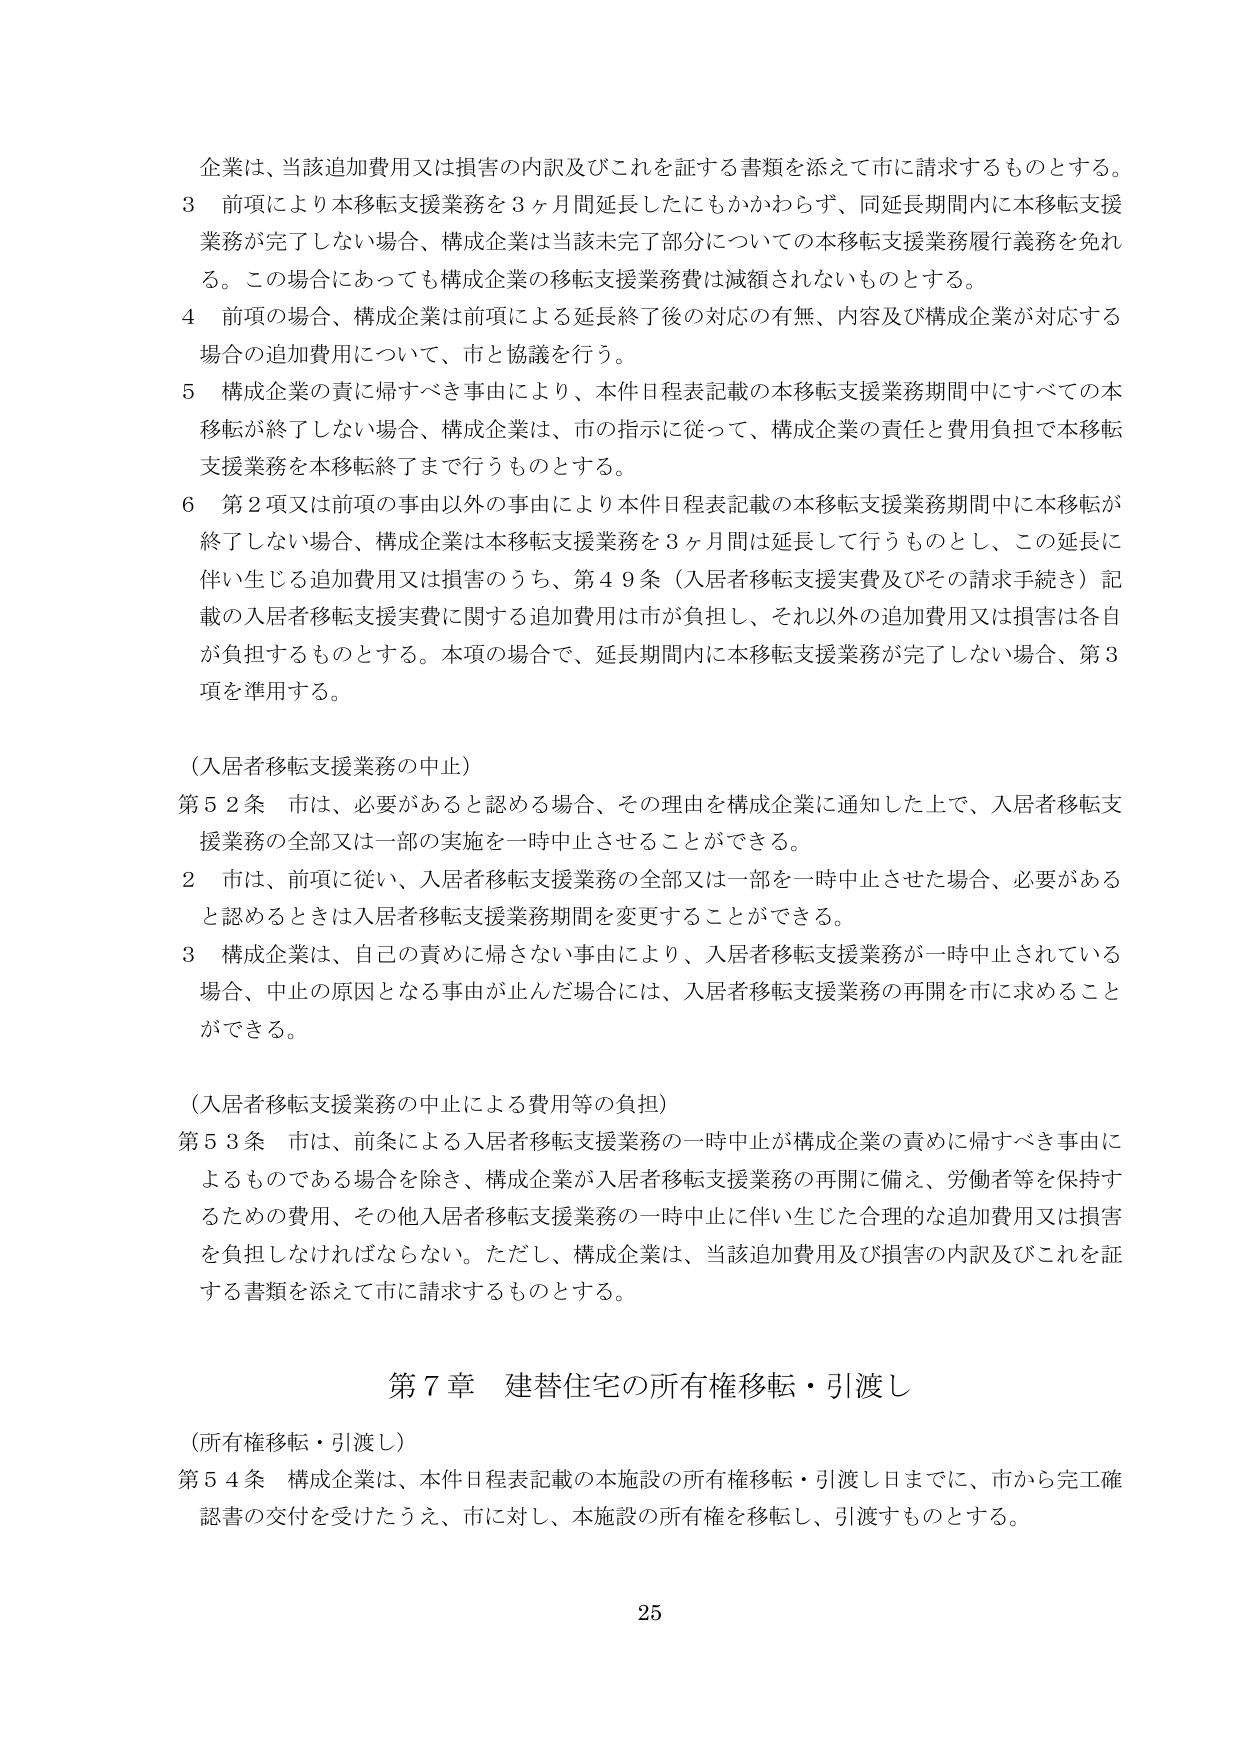
企業は、当該追加費用又は損害の内訳及びこれを証する書類を添えて市に請求するものとする。

3 前項により本移転支援業務を3ヶ月間延長したにもかかわらず、同延長期間内に本移転支援業務が完了しない場合、構成企業は当該未完了部分についての本移転支援業務履行義務を免れる。この場合にあっても構成企業の移転支援業務費は減額されないものとする。

4 前項の場合、構成企業は前項による延長終了後の対応の有無、内容及び構成企業が対応する場合の追加費用について、市と協議を行う。

5 構成企業の責に帰すべき事由により、本件日程表記載の本移転支援業務期間中にすべての本移転が終了しない場合、構成企業は、市の指示に従って、構成企業の責任と費用負担で本移転支援業務を本移転終了まで行うものとする。

6 第2項又は前項の事由以外の事由により本件日程表記載の本移転支援業務期間中に本移転が終了しない場合、構成企業は本移転支援業務を3ヶ月間は延長して行うものとし、この延長に伴い生じる追加費用又は損害のうち、第49条（入居者移転支援実費及びその請求手続き）記載の入居者移転支援実費に関する追加費用は市が負担し、それ以外の追加費用又は損害は各自が負担するものとする。本項の場合で、延長期間内に本移転支援業務が完了しない場合、第3項を準用する。

（入居者移転支援業務の中止）

第52条 市は、必要があると認める場合、その理由を構成企業に通知した上で、入居者移転支援業務の全部又は一部の実施を一時中止させることができる。

2 市は、前項に従い、入居者移転支援業務の全部又は一部を一時中止させた場合、必要があると認めるときは入居者移転支援業務期間を変更することができる。

3 構成企業は、自己の責めに帰さない事由により、入居者移転支援業務が一時中止されている場合、中止の原因となる事由が止んだ場合には、入居者移転支援業務の再開を市に求めることができる。

（入居者移転支援業務の中止による費用等の負担）

第53条 市は、前条による入居者移転支援業務の一時中止が構成企業の責めに帰すべき事由によるものである場合を除き、構成企業が入居者移転支援業務の再開に備え、労働者等を保持するための費用、その他入居者移転支援業務の一時中止に伴い生じた合理的な追加費用又は損害を負担しなければならない。ただし、構成企業は、当該追加費用及び損害の内訳及びこれを証する書類を添えて市に請求するものとする。

第7章 建替住宅の所有権移転・引渡し

（所有権移転・引渡し）

第54条 構成企業は、本件日程表記載の本施設の所有権移転・引渡し日までに、市から完工確認書の交付を受けたうえ、市に対し、本施設の所有権を移転し、引渡すものとする。

25